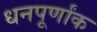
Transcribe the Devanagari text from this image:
धनपूर्णांक